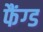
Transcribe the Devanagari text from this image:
फैंग्ड